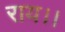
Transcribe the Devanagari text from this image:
राय।।